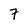
Character: 7